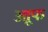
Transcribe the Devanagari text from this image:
आूफ